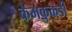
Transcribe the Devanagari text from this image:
केमकुकडी